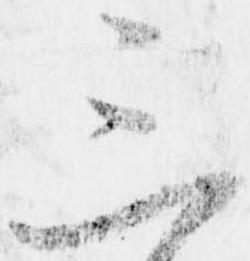
三